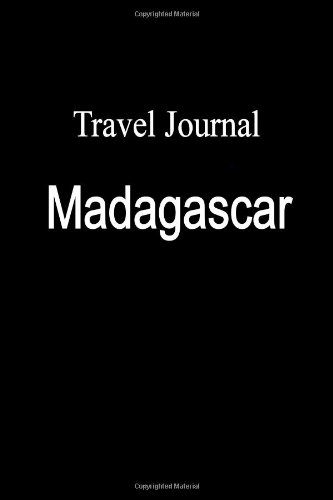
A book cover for Travel Journal Madagascar; E Locken; Travel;